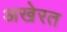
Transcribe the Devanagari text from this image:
अखेरत